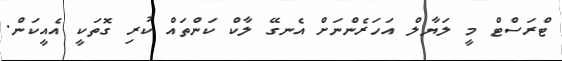
ޓްރަސްޓް މީ ލަޔާލް އަހަރެންނަށް އެނގޭ ލާކް ކަންތައް ކުރި ގޮތަކީ އެއީކަން.